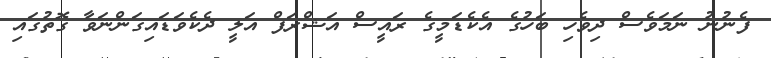
ފެނުނު ނަމަވެސް ދިވެހި ބަހުގެ އެކެޑަމީގެ ރައީސް އަޝްރަފް އަލީ ދެކެވަޑައިގަންނަވާ ގޮތުގައި